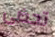
تحضى